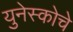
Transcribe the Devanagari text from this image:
युनेस्‍कोचे